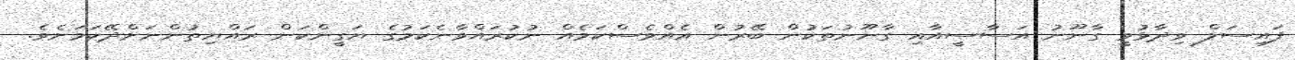
ފައިސަލް ވިދާޅުވީ ގާނޫނު އަސާސީއާއި ގާނޫނުތަކުން ބޭރުން އެއްވެސްކަމެއް ނުކުރައްވާނެކަމުގެ ޔަގީންކަން ރައްޔިތުންނަށްދޭކަމަށެވެ.